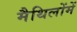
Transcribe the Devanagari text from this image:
मैथिलोंमें